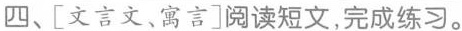
四、[文言文、寓言]阅读短文，完成练习。